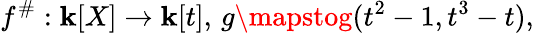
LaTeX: f^{\# }:\mathbf{k}[X]\to\mathbf{k}[t],\, g\mapstog(t^{2}-1,t^{3}-t),